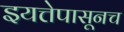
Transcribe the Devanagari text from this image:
इयत्तेपासूनच